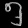
Digit: ၅